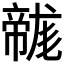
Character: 𢅛